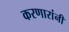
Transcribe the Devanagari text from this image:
करणारांनी